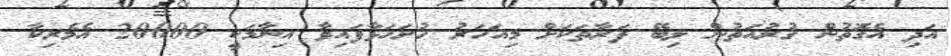
އަދި އެގޮތުން ގުރުއަތުން ލިބޭ ފަރާތަކަށް މިއަހަރު ހުށަހަޅާފައިވާ އިނާމަކީ 20000 އެމެރިކާ